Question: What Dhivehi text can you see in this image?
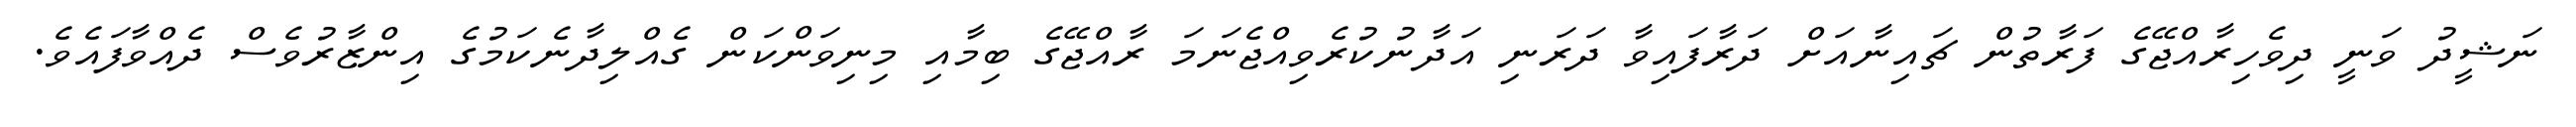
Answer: ނަޝީދު ވަނީ ދިވެހިރާއްޖޭގެ ފަރާތުން ޗައިނާއަށް ދަރާފައިވާ ދަރަނި އަދާނުކުރެވިއްޖެނަމަ ރާއްޖޭގެ ބިމާއި މިނިވަންކަން ގެއްލިދާނެކަމުގެ އިންޒާރުވެސް ދެއްވާފައެވެ.